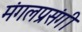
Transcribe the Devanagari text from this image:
मंगलप्रसंगी